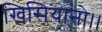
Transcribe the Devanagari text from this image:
खिसियानो।।